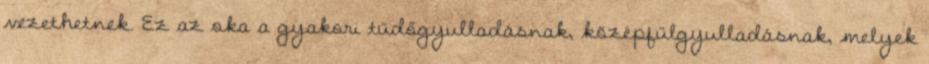
vezethetnek. Ez az oka a gyakori tüdőgyulladásnak, középfülgyulladásnak, melyek